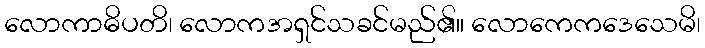
လောကာဓိပတိ၊ လောကအရှင်သခင်မည်၏။ လောကေကဒေသေမိ၊